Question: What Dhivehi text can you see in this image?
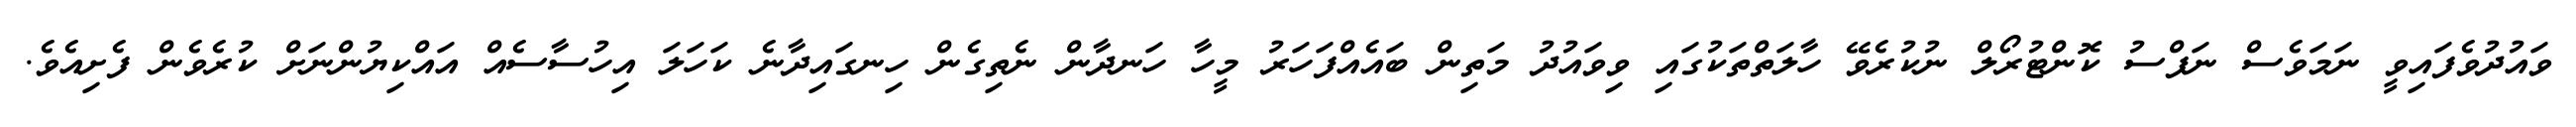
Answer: ވައުދުވެފައިވީ ނަމަވެސް ނަފްސު ކޮންޓުރޯލް ނުކުރެވޭ ހާލަތްތަކުގައި ވިވައުދު މަތިން ބައެއްފަހަރު މީހާ ހަނދާން ނެތިގެން ހިނގައިދާނެ ކަހަލަ އިހުސާސެއް އައްކިޔުންނަށް ކުރެވެން ފެށިއެވެ.